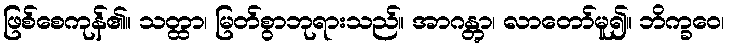
ဖြစ်စေကုန်၏။ သတ္ထာ၊ မြတ်စွာဘုရားသည်။ အာဂန္တွာ၊ လာတော်မူ၍။ ဘိက္ခဝေ၊